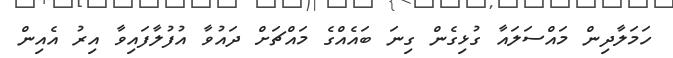
ހަމަލާދިން މައްސަލައާ ގުޅިގެން ގިނަ ބައެއްގެ މައްޗަށް ދައުވާ އުފުލާފައިވާ އިރު އެއިން